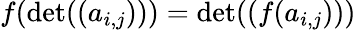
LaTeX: f(\operatorname*{det}((a_{i,j})))=\operatorname*{det}((f(a_{i,j})))